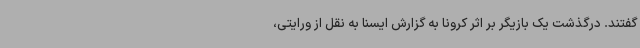
گفتند. درگذشت یک بازیگر بر اثر کرونا به گزارش ایسنا به نقل از ورایتی،